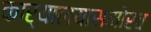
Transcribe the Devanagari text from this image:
कार्यालयासमोरच